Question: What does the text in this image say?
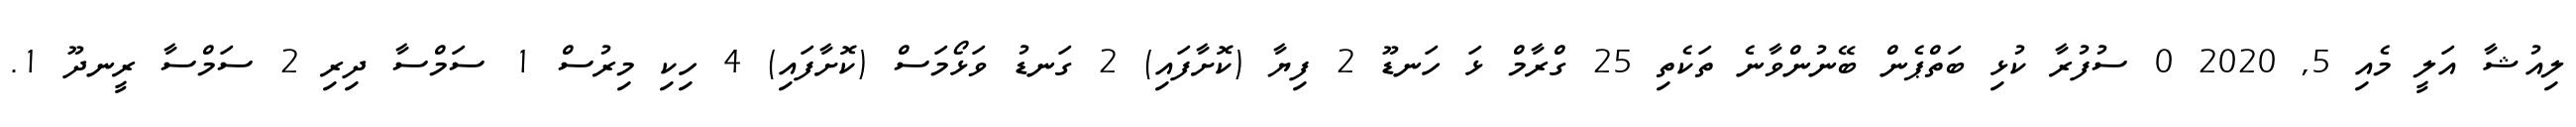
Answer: ލިއުޝާ އަލީ މެއި 5, 2020 0 ސުފުރާ ކުޅި ބަތްޕެން ބޭނުންވާނެ ތަކެތި 25 ގްރާމް ޅަ ހަނޑޫ 2 ފިޔާ (ކޮށާފައި) 2 ގަނޑު ވަޅޯމަސް (ކޮށާފައި) 4 ހިކި މިރުސް 1 ސަމްސާ ދިރި 2 ސަމްސާ ރީނދޫ 1.